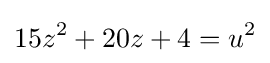
15z^{2}+20z+4=u^{2}